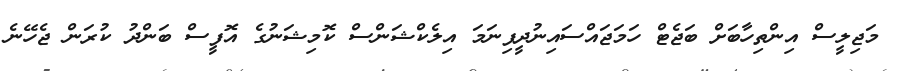
މަޖިލީސް އިންތިހާބަށް ބަޖެޓް ހަމަޖައްސައިނުދީފިނަމަ އިލެކްޝަންސް ކޮމިޝަނުގެ އޮފީސް ބަންދު ކުރަން ޖެހޭނެ